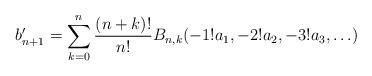
LaTeX: \begin{align*}b'_{n+1} = \sum_{k=0}^{n} \frac{(n+k)!}{n!}B_{n,k}(-1!a_1, -2!a_2, -3!a_3, \ldots) \end{align*}